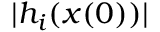
| h _ { i } ( x ( 0 ) ) |